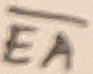
Text: EA